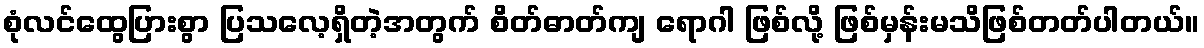
စုံလင်ထွေပြားစွာ ပြသလေ့ရှိတဲ့အတွက် စိတ်ဓာတ်ကျ ရောဂါ ဖြစ်လို့ ဖြစ်မှန်းမသိဖြစ်တတ်ပါတယ်။